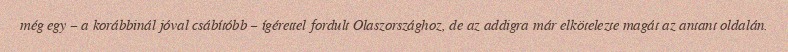
még egy – a korábbinál jóval csábítóbb – ígérettel fordult Olaszországhoz, de az addigra már elkötelezte magát az antant oldalán.